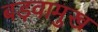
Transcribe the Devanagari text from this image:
बड़वामुख